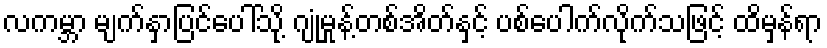
လကမ္ဘာ မျက်နှာပြင်ပေါ်သို့ ဂျုံမှုန့်တစ်အိတ်နှင့် ပစ်ပေါက်လိုက်သဖြင့် ထိမှန်ရာ